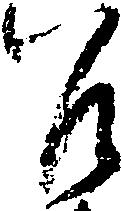
召